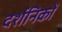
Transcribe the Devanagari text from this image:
दर्शनिकों